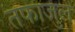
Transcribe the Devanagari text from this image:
तफाजुल